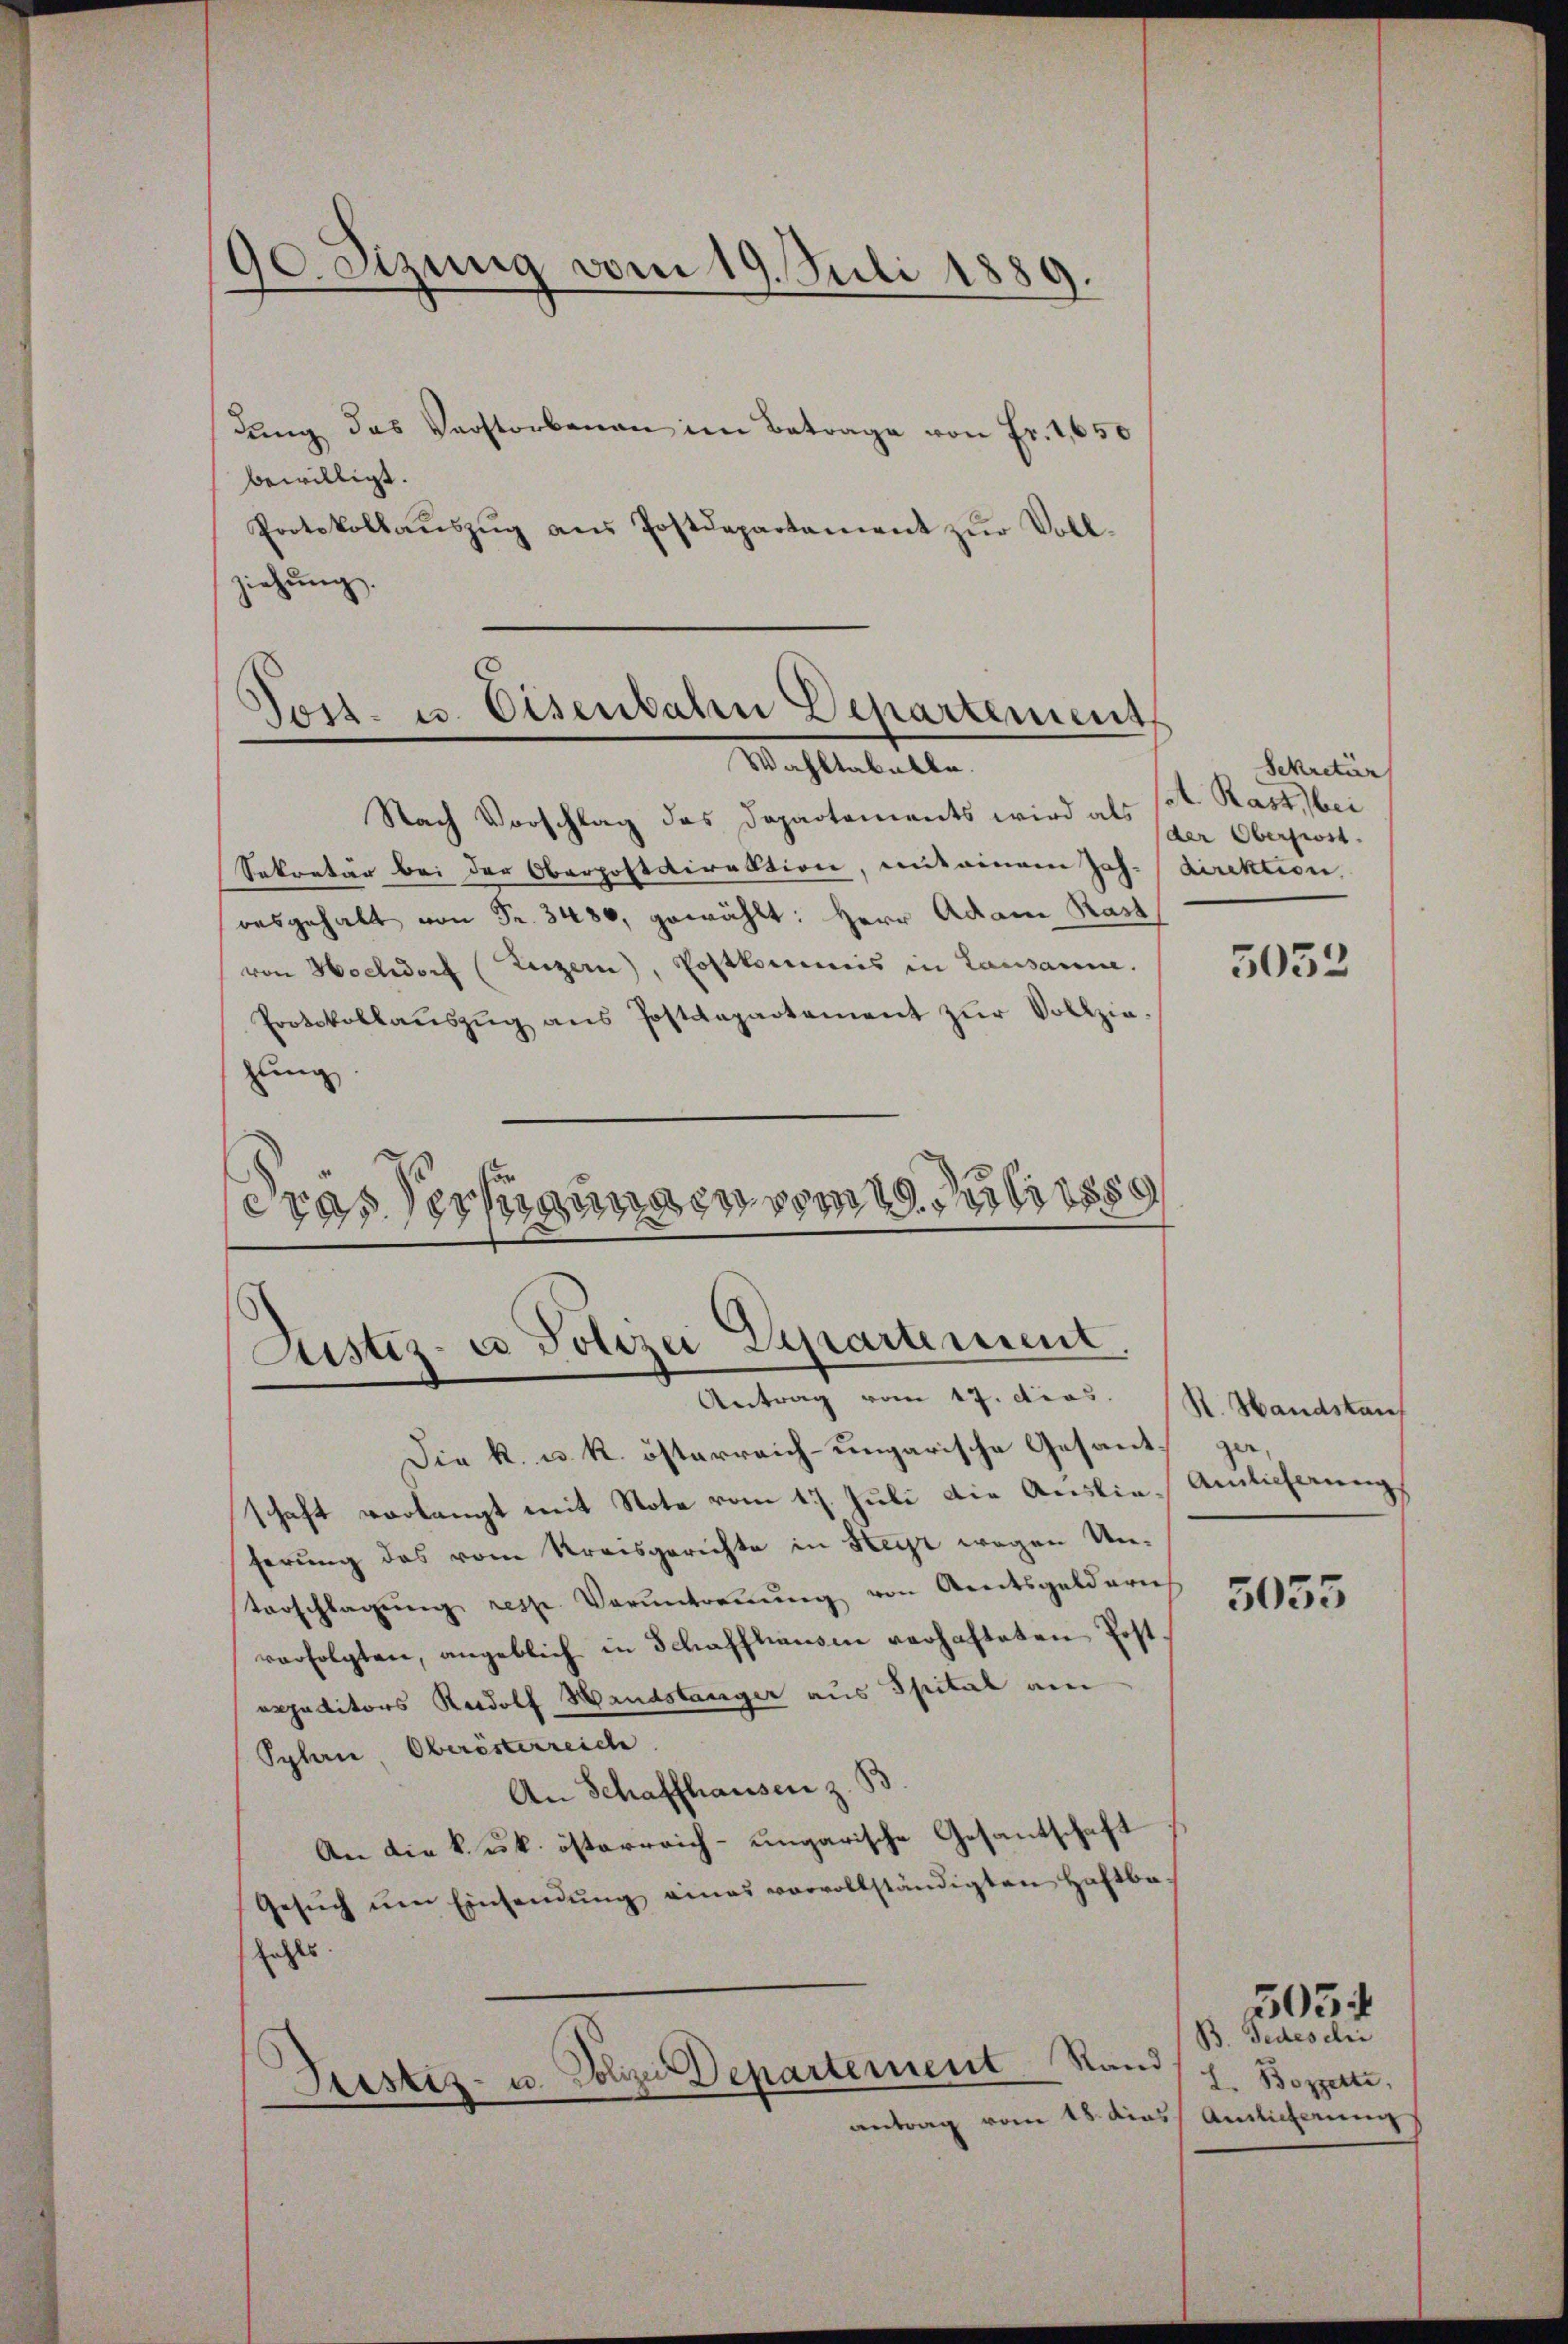
90. Sizung vom 19. Juli 1889.

Lang das Verstorbenen im Betrage von Fr. 1,650
bewilligt.
Protokollaŭszŭg aŭs Postdepartament zŭr Voll-
ziehung.

Tost- u. Eisenbahren Departement
Wahltabelle.

Zustiz- u Polizei Departement.
Antrag vom 17. dies.

Nach Vorschlag des Departements wird als Cat. Rast, bei
Sekretär bei der Oberpostdirektion, mit einem Joh. (direktion,
oesgehalt von Fr. 3480, gewählt: Herr Adam Rast,
von Hochdorf (Luzern), Postkommis in Lausanne.
Protokollaŭszŭg ans Postdepartement zŭr Vollzie-
zung
eras Vertigungen von Salis

Frestiz- u. Polizei Departement. Stand
antrag vom 18. dies

Sekretär
(der Oberfrost

Die k. u. k. österreich-ungarische Gesants ga
schaft vorlangt mit Note vom 17. Juli die Auslieferung des vom Kreisgerichte in Steyr wegen Unterschlagŭng resp. Veruntreṅŭng von Areitsgeldern
verfolgten, angeblich in Schaffhausen verhafteten Postexpeditors Rudolf Handslanger aus Spital am
Splan, Oberösterreich
An Schaffhausen z. B
An die k. k. österreich-ungarische Gesantschaft
Gesŭch ŭm Einsendŭng eines vorvollständigten Haftba
fehls.

5033

R. Handstauf
Ainlicherung

5035

B. Jedes chri
L. Boppelte,
Auslieferung

3034